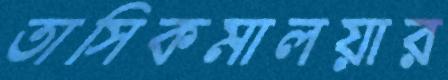
তাসিকমালয়ার